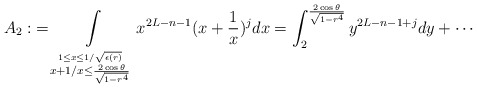
\begin{align*} A_2:&=\int\limits_{\stackrel{1 \leq x\leq 1/\sqrt{\epsilon(r)}}{x+1/x\leq \frac{2\cos\theta}{\sqrt{1-r^4}}}} x^{2L-n-1}(x+\frac 1x)^j dx =\int_2^{\frac{2\cos\theta}{\sqrt{1-r^4}}} y^{2L-n-1+j} dy+\cdots\end{align*}